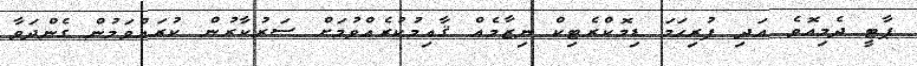
ޕާޓީ ދެމިއޮވެ އަދި ފުރިހަމަ ޑިމޮކްރެޓިކް ނިޒާމެއް ޤާއިމުކުރެއްވުމަށް ސަރުކާރުން ކުރައްވަމުން ގެންދަވާ